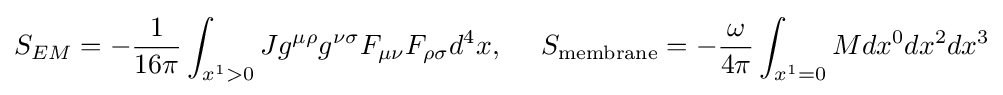
S_{EM}=-{\frac {1}{16\pi }}\int _{x^{1}>0}Jg^{\mu \rho }g^{\nu \sigma }F_{\mu \nu }F_{\rho \sigma }d^{4}x,\ \ \ \ S_{\text{membrane}}=-{\frac {\omega }{4\pi }}\int _{x^{1}=0}Mdx^{0}dx^{2}dx^{3}